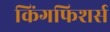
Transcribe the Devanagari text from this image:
किंगफिशर्स